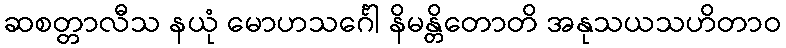
ဆစတ္တာလီသ နယုံ မောဟသင်္ဂေါ နိမန္တိတောတိ အနုသယသဟိတာဝ